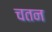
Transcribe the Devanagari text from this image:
चतन